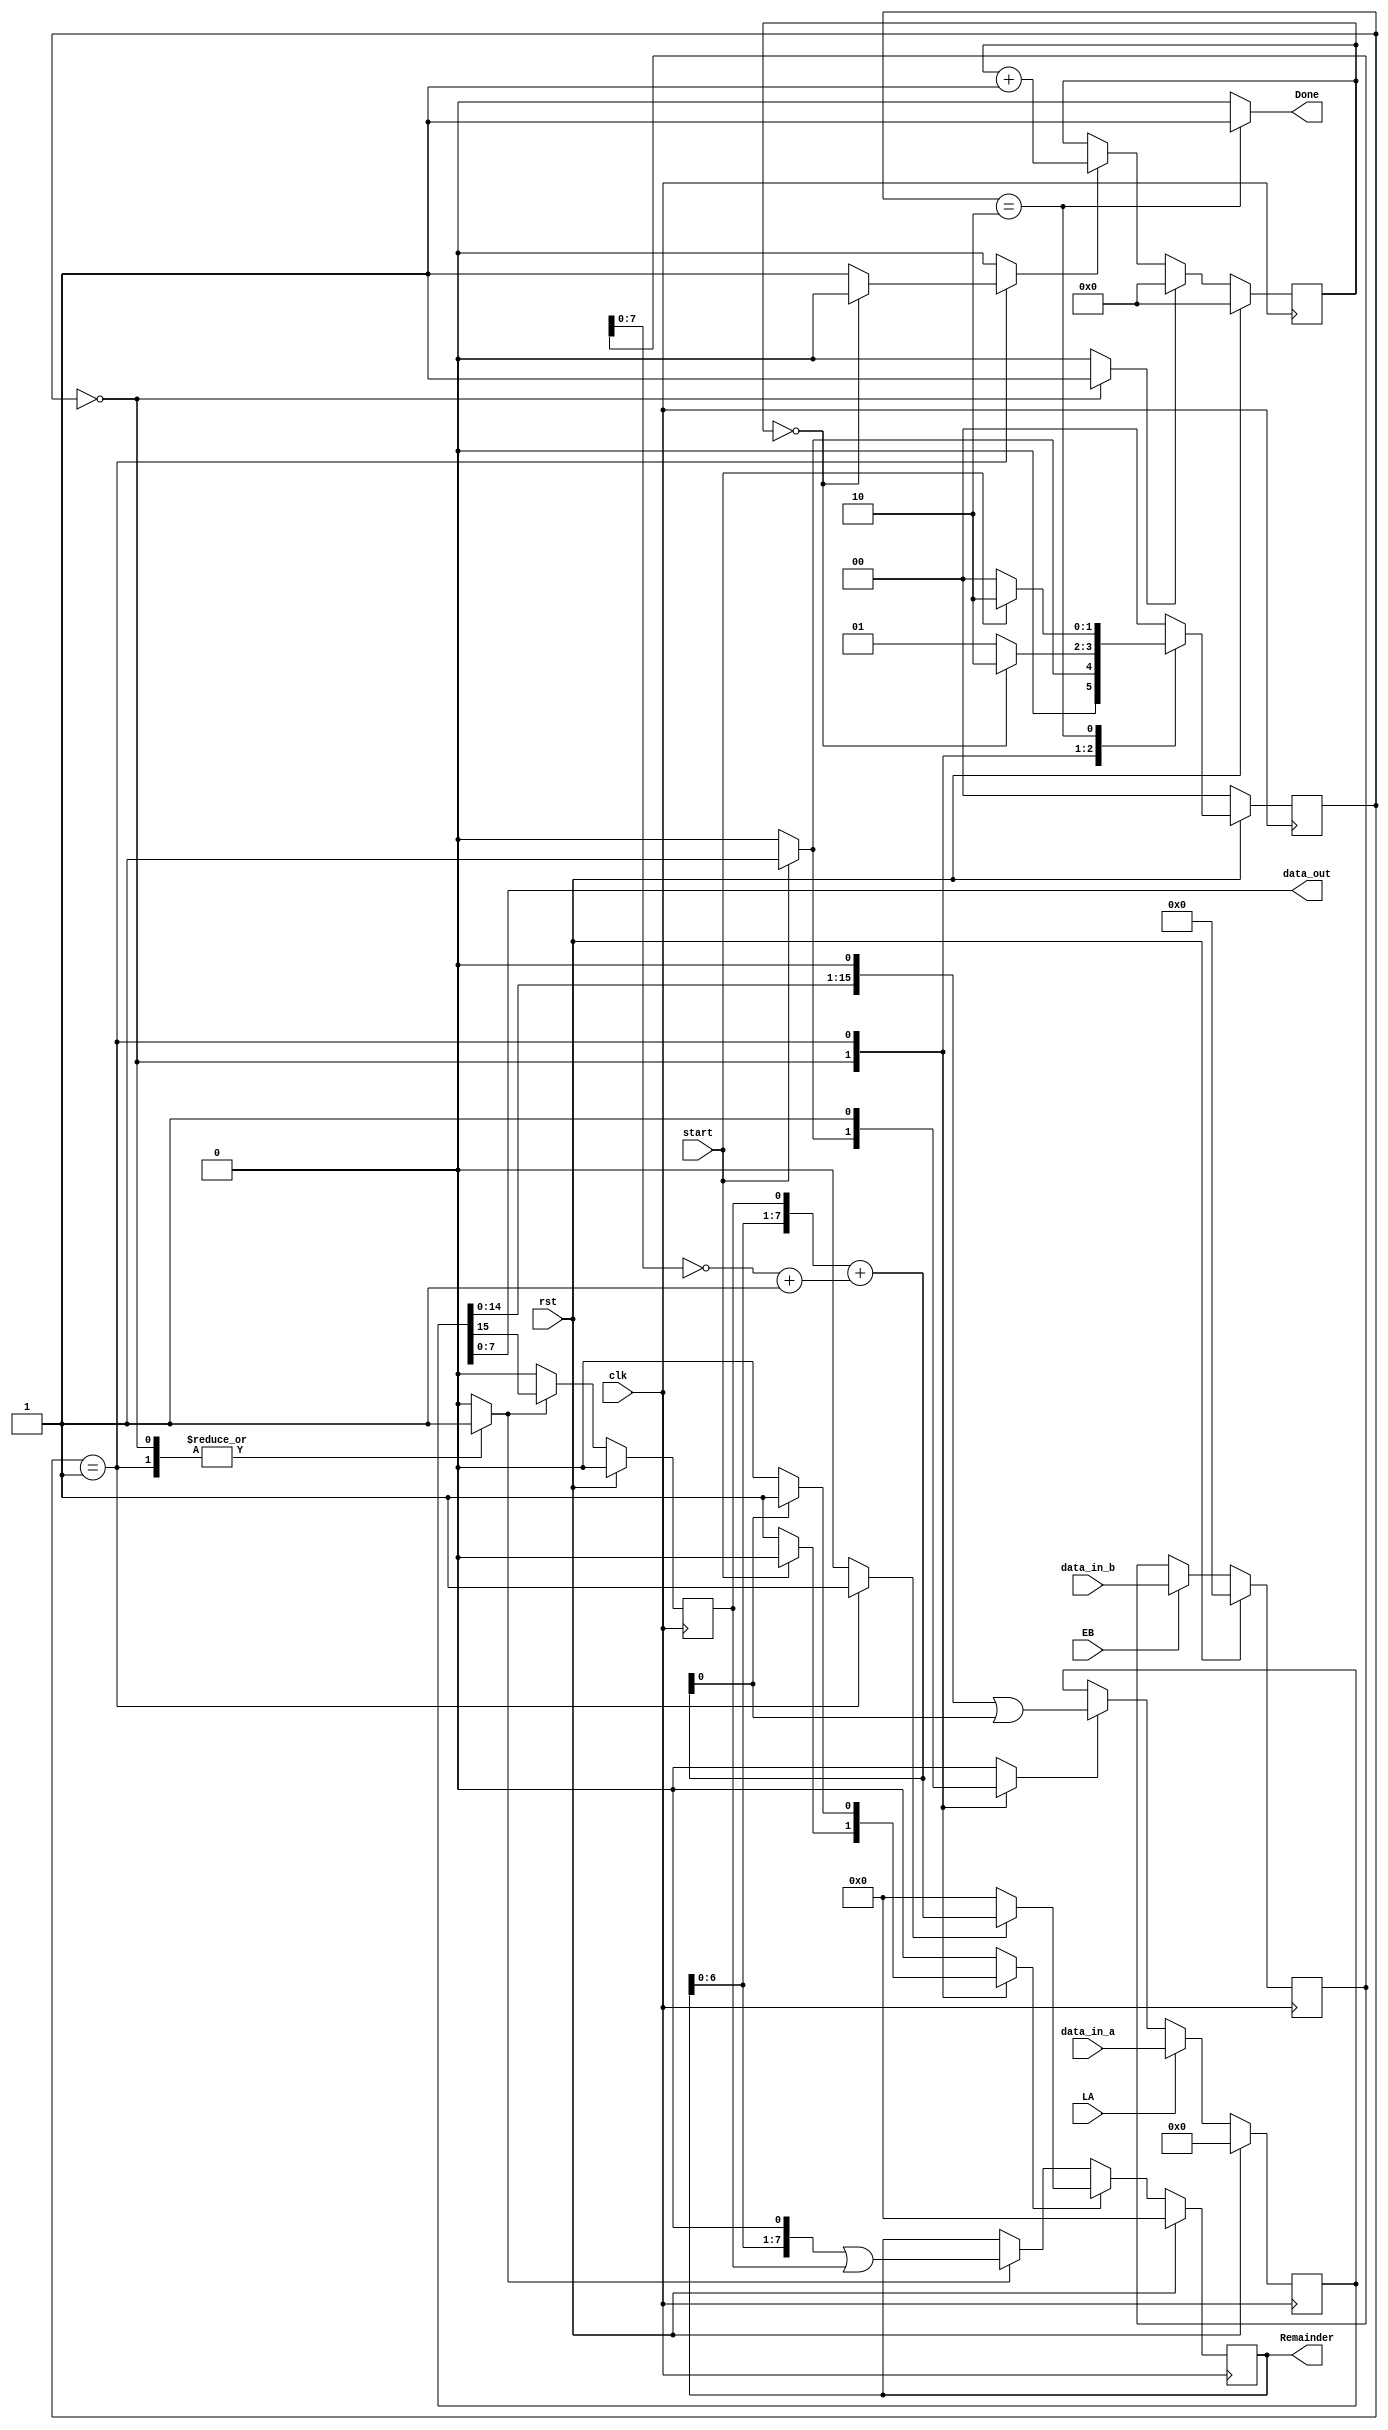

module my_divider(clk, rst, start, LA, EB, data_in_a, data_in_b, Remainder, data_out, Done);

	parameter INPUT_WIDTH_A = 5'b10000;
	parameter INPUT_WIDTH_B = 5'b10001;
	parameter OUTPUT_WIDTH = 4'b1000;
	parameter LOGN = 3'b100;

	parameter S1 = 2'b00;
	parameter S2 = 2'b01;
	parameter S3 = 2'b10;

	input clk;
	input [INPUT_WIDTH_A-1:0]data_in_a;
	input [INPUT_WIDTH_B-1:0]data_in_b;
	input rst;
	input start;
	input LA;
	input EB;
	output [OUTPUT_WIDTH-1:0]data_out;
	wire [OUTPUT_WIDTH-1:0]data_out;
	output [OUTPUT_WIDTH-1:0]Remainder;
	reg [OUTPUT_WIDTH-1:0]Remainder;
	output Done;
	reg Done;

	wire Cout, zero;
	wire [INPUT_WIDTH_A-1:0] Sum;
	reg [1:0] y, Y;
	reg [LOGN-1:0] Count;
	reg EA, Rsel, LR, ER, ER0, LC, EC;
	reg [INPUT_WIDTH_B-1:0] RegB;
	reg [INPUT_WIDTH_A-1:0] DataA;
	reg ff0;

	always @(start or y or zero)
	begin
		case(y)
			S1:
			begin
				if (start == 0)
					Y = S1;
				else
					Y = S2;
			end
			S2:
			begin
				if (zero == 0)
					Y = S2;
				else
					Y = S3;
			end
			S3:
			begin
				if (start == 1)
					Y = S3;
				else
					Y = S1;
			end
			default:
			begin
				Y = 2'b00;
			end
		endcase
	end

	always @(posedge clk)
	begin
		if (rst == 0)
			y <= S1;
		else
			y <= Y;
	end

	always @(y or start or Cout or zero)
	begin
		case (y)
			S1:
			begin
				LC = 1;
				ER = 1;
				EC = 0;
				Rsel = 0;
				Done = 0;
				if (start == 0)
				begin
					LR = 1;
					ER0 = 1;
					EA = 0;
				end	
				else
				begin
					LR = 0; 
					EA = 1;
					ER0 = 1;
				end
			end
			S2:
			begin
				LC = 0;
				ER = 1;
				Rsel = 1;	
				Done = 0;
				ER0 = 1;
				EA = 1;
				if (Cout)
					LR = 1;
				else
					LR = 0;
				if (zero == 0)
					EC = 1;
				else
					EC = 0;
			end
			S3:
			begin
				Done = 1;
				LR = 0;
				LC = 0;
				ER = 0;
				EC = 0;
				Rsel = 0;
				ER0 = 0;
				EA = 0;
			end
			default:
			begin
				Done = 0;
				LR = 0;
				LC = 0;
				ER = 0;
				EC = 0;
				Rsel = 0;
				ER0 = 0;
				EA = 0;
			end
		endcase
	end	

	always @(posedge clk)
	begin
		if (rst == 1)
		begin
			RegB <= 0;
			Remainder <= 0;
			DataA <= 0;
			ff0 <= 0;
			Count <= 0;
		end	
		else
		begin
			if (EB == 1)
			begin
				RegB <= data_in_b;
			end
			else
			begin
				RegB <= RegB;
			end

			if (LR == 1)
			begin
				Remainder <= Rsel ? Sum : 0;
			end
			else if (ER == 1)
			begin
				Remainder <= (Remainder << 1) | ff0;
			end
			else
			begin
				Remainder <= Remainder;
			end

			if (LA == 1)
			begin
				DataA <= data_in_a;
			end
			else if (EA == 1)
			begin
				DataA <= (DataA << 1) | Cout;
			end
			else
			begin
				DataA <= DataA;
			end

			if (ER0 == 1)
			begin
				ff0 <=  DataA[INPUT_WIDTH_A-1];
			end
			else
			begin
				ff0 <= 0;
			end

			if (LC == 1)
			begin
				Count <= 0;
			end
			else if (EC == 1)
			begin
				Count <= Count + 1;
			end
			else
			begin
				Count <= Count;
			end
		end
	end	

	assign zero = (Count == 0);
	assign Sum = {Remainder, ff0} + (~RegB + 1);
	assign Cout = Sum[INPUT_WIDTH_A-1:0];
	assign data_out = DataA; 

endmodule